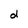
Character: d